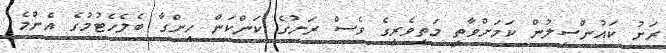
ރަށު ކައުންސިލުން ކަމަށްވާތީ މަތިވެރީގެ ވެސް ރަށުގެ ކަންކަން ހިންގާ ބެލެހެޓުމުގެ އެންމެ